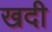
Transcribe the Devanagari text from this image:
खदी